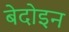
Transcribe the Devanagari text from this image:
बेदोइन